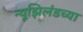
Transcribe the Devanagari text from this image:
न्यूझिलंडच्या